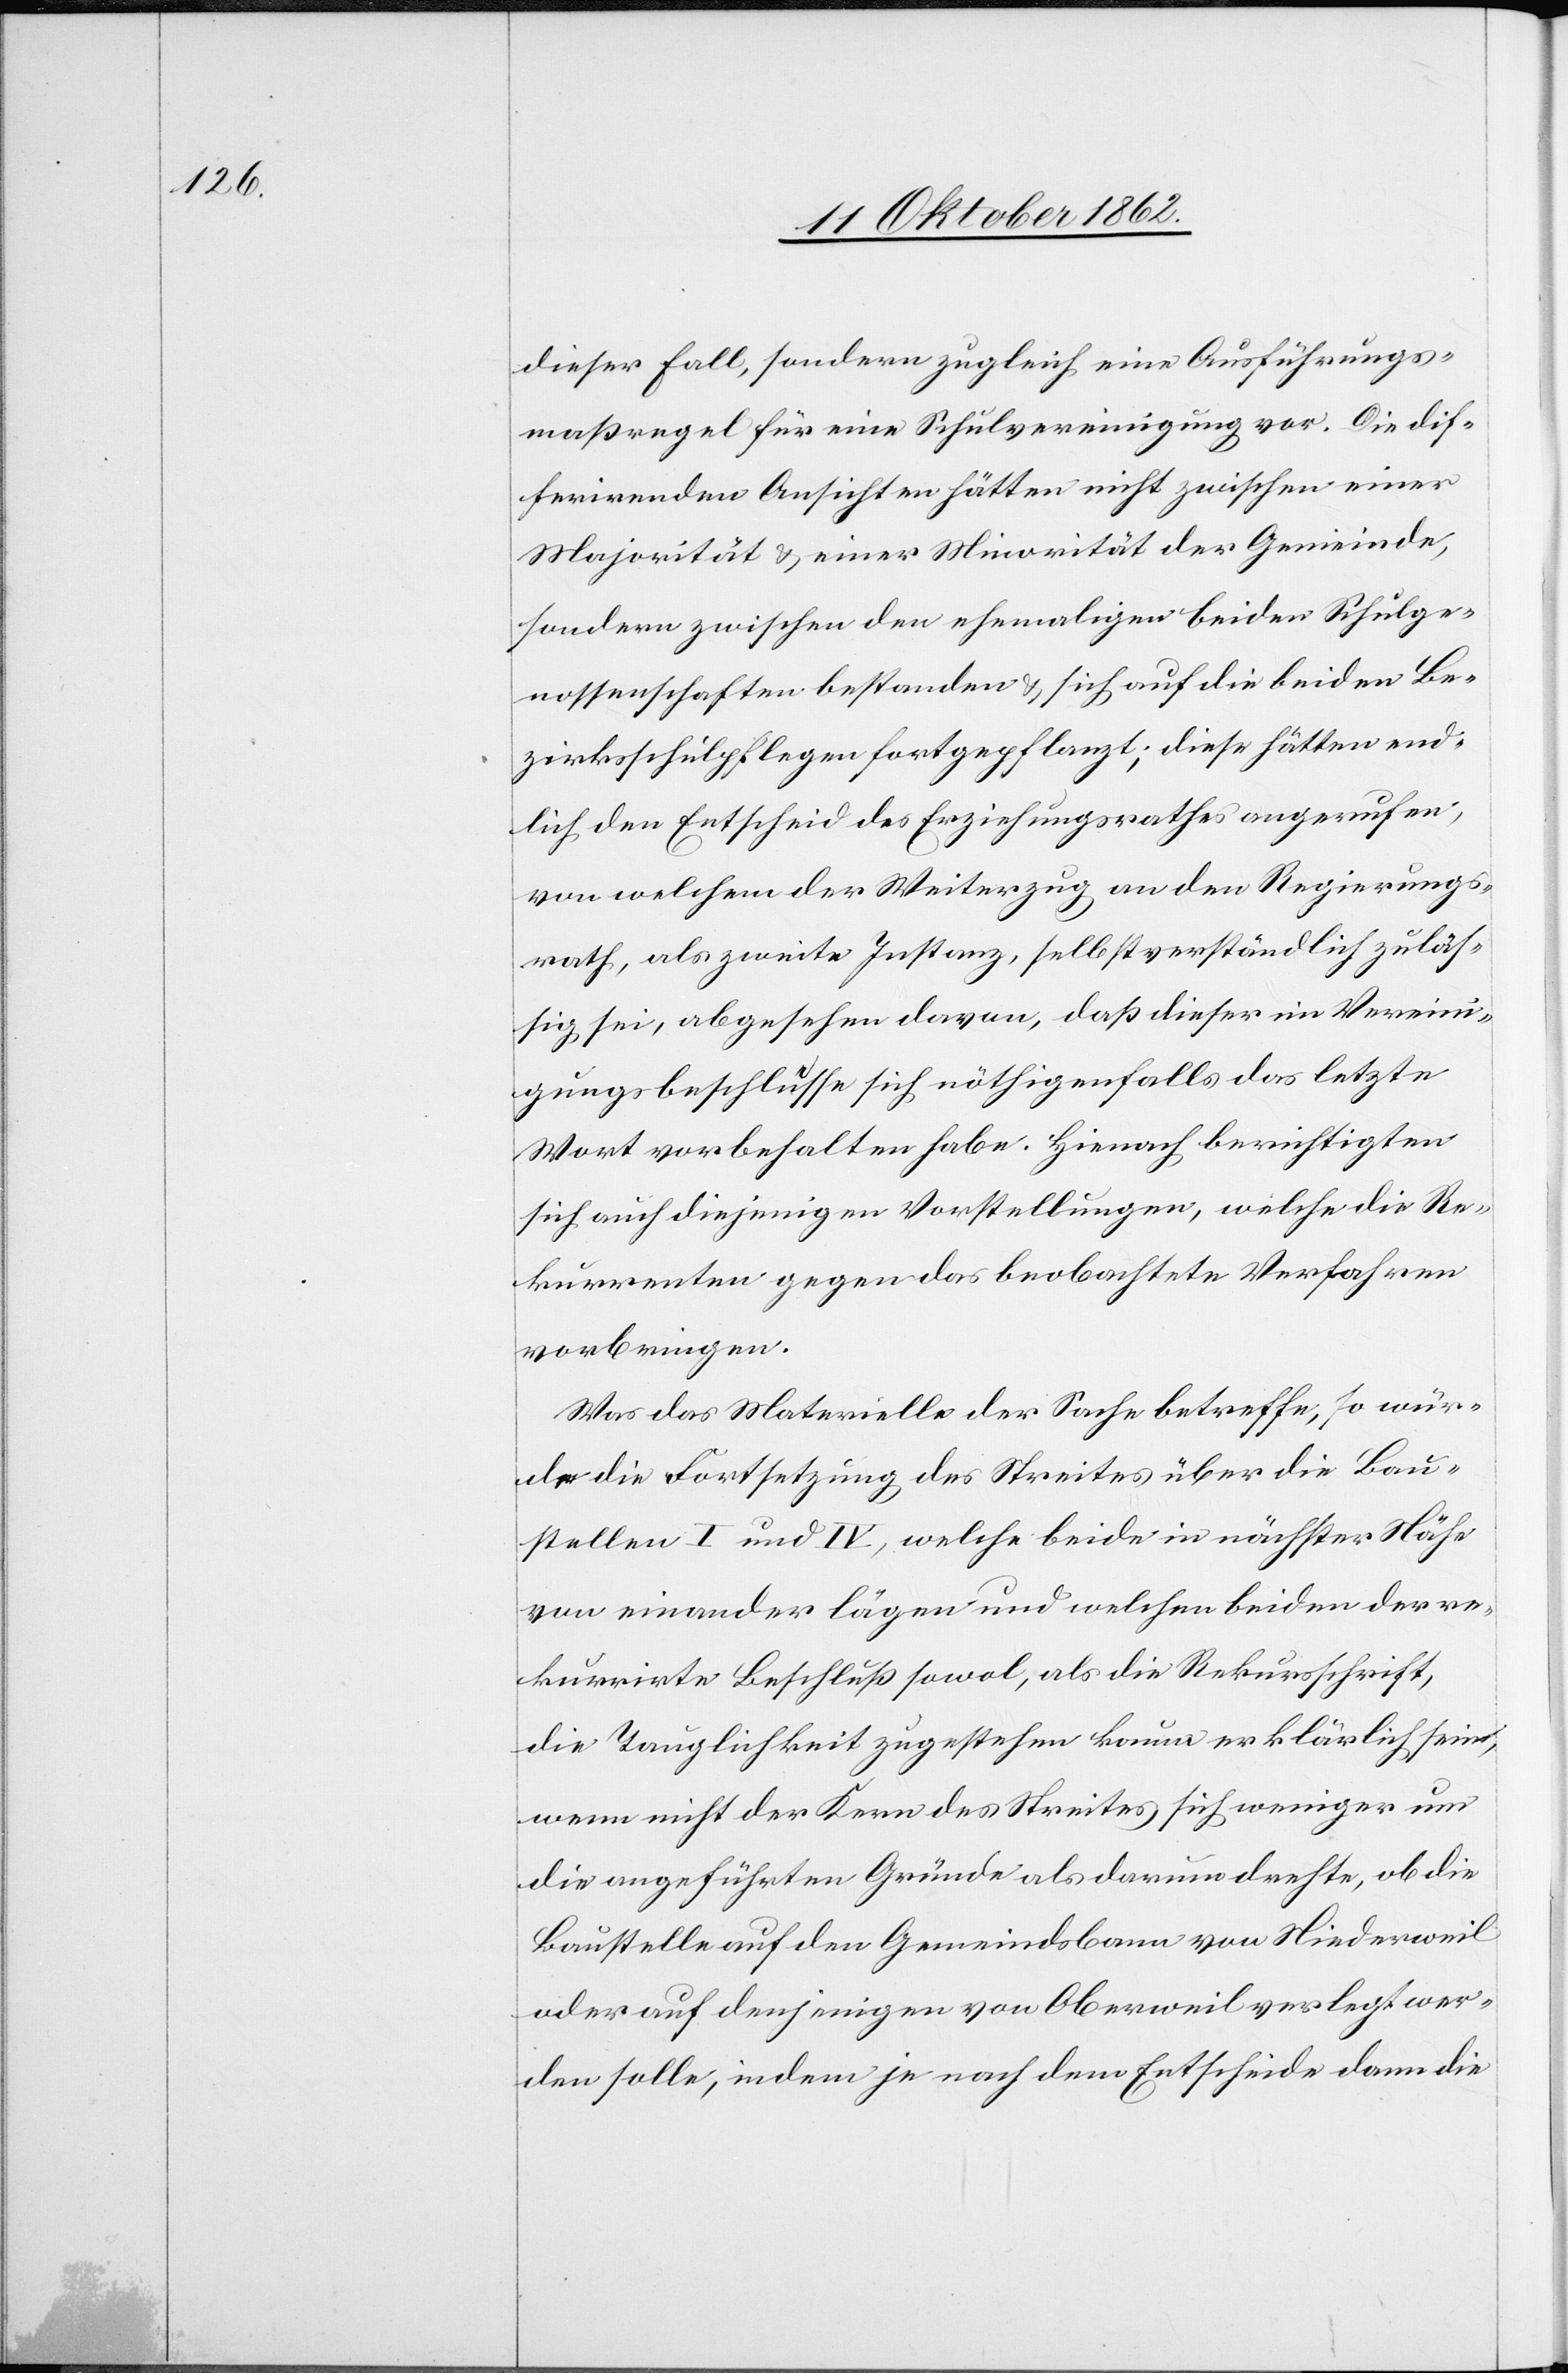
dieser Fall, sondern zugleich eine Ausführungs¬
maßregel für eine Schulvereinigung vor. Die dif¬
ferirenden Ansichten hätten nicht zwischen einer
Majorität u. einer Minorität der Gemeinde,
sondern zwischen den ehemaligen beiden Schulge¬
nossenschaften bestanden u. sich auf die beiden Be¬
zirksschulpflegen fortgepflanzt; diese hätten end¬
lich den Entscheid des Erziehungsrathes angerufen,
von welchem der Weiterzug an den Regierungs¬
rath, als zweite Instanz, selbstverständlich zuläs¬
sig sei, abgesehen davon, daß dieser im Vereini¬
gungsbeschlusse sich nöthigenfalls das letzte
Wort vorbehalten habe. Hienach berichtigten
sich auch diejenigen Vorstellungen, welche die Re¬
kurrenten gegen das beobachtete Verfahren
vorbringen.
Was das Materielle der Sache betreffe, so wür¬
de die Fortsetzung des Streites über die Bau¬
stellen I und IV, welche beide in nächster Nähe
von einander lägen und welchen beiden der re¬
kurrirte Beschluß sowol, als die Rekursschrift,
die Tauglichkeit zugestehen kaum erklärlich sind,
wenn nicht der Kern des Streites sich weniger um
die angeführten Gründe als darum drehte, ob die
Baustelle auf dem Gemeindsbann von Niederweil
oder auf denjenigen von Oberweil verlegt wer¬
den solle, indem je nach dem Entscheide dann die